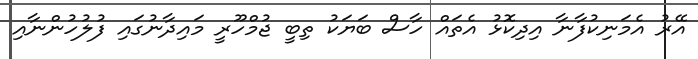
އޭރު އެމަނިކުފާނާ އިދިކޮޅު އެތައް ހާސް ބަޔަކު ތިބީ ޖުމްހޫރީ މައިދާނުގައި ފުލުހުންނާއި